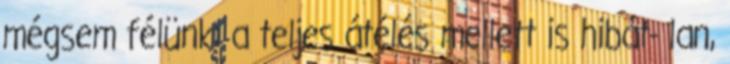
mégsem félünk: a teljes átélés mellett is hibát- lan,